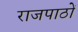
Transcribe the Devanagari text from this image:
राजपाठों